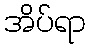
အိပ်ရာ